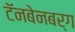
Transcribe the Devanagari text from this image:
टॅनबेनबर्ग